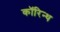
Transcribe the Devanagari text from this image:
कॉरिन्थ